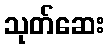
သုတ်ဆေး